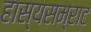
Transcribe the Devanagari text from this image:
हास्यसम्राट